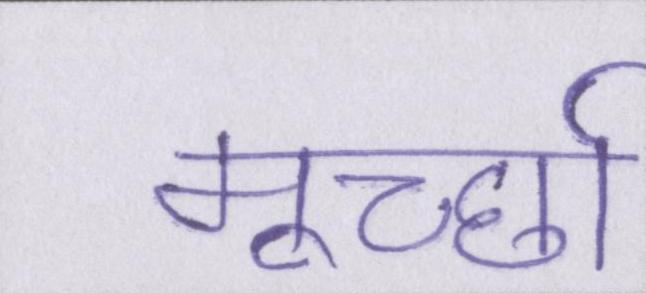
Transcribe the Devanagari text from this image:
मूर्च्छा